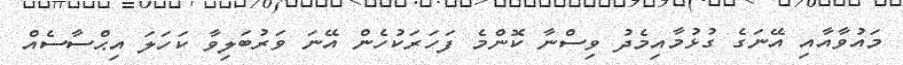
މައުވާއާއި އޭނަގެ ގުޅުމާއިމެދު ވިސްނާ ކޮންމެ ފަހަރަކުހެން އޭނަ ވަރުބަލިވާ ކަހަލަ އިޙްސާސެއް